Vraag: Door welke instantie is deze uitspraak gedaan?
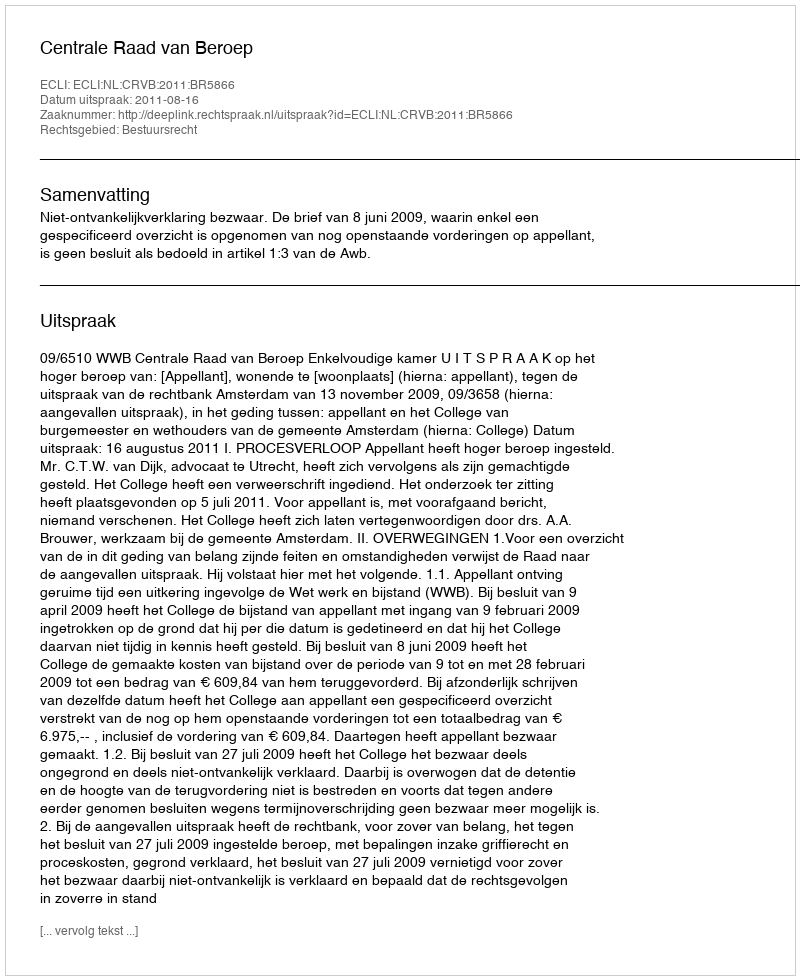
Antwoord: Centrale Raad van Beroep